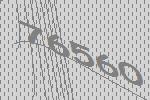
76560